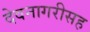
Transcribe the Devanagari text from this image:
देवनागरीसह